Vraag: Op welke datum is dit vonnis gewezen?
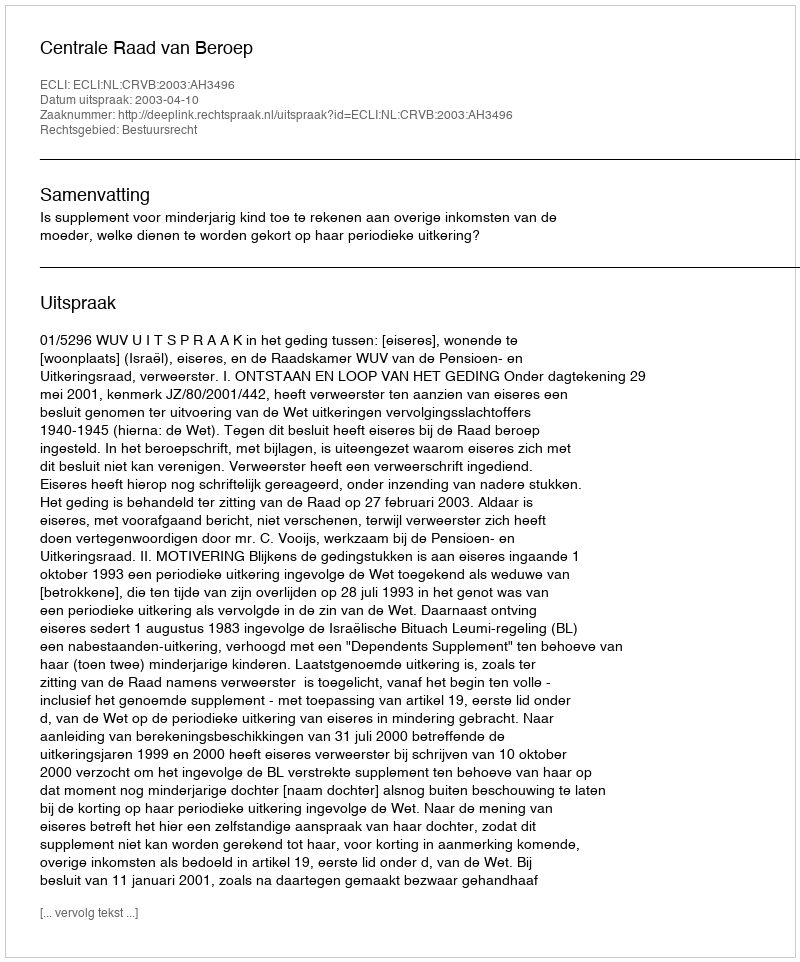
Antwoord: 2003-04-10